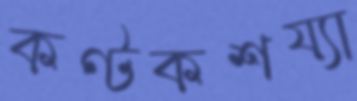
কণ্টকশয্যা